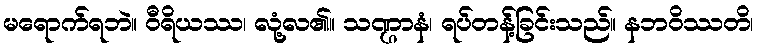
မရောက်ရဘဲ။ ဝီရိယဿ၊ လုံ့လ၏။ သဏ္ဌာနံ၊ ရပ်တန့်ခြင်းသည်။ နဘဝိဿတိ၊